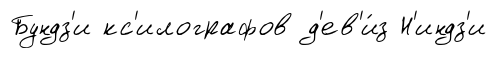
Бундз'и кс'илографов д'ев'и́з Н'индз'и